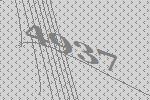
4937